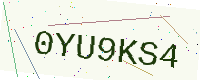
Text: 0YU9KS4